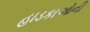
હાડકાઓની